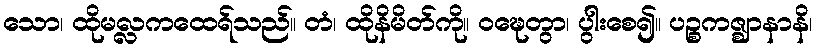
သော၊ ထိုမလ္လကထေရ်သည်။ တံ၊ ထိုနိမိတ်ကို။ ဝဍ္ဎေတွာ၊ ပွါးစေ၍။ ပဉ္စကဇ္ဈာနာနိ၊